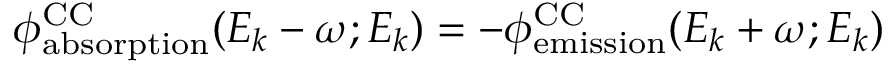
\phi _ { \mathrm { { a b s o r p t i o n } } } ^ { \mathrm { { C C } } } ( E _ { k } - \omega ; E _ { k } ) = - \phi _ { \mathrm { { e m i s s i o n } } } ^ { \mathrm { { C C } } } ( E _ { k } + \omega ; E _ { k } )